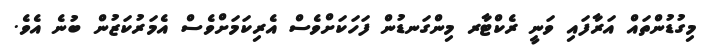
މިގުޑުންތައް އަރާފައި ވަނީ ރެކްޓާރ މިންގަނޑުން ފަހަކަށްވެސް އެރިކަމަށްވެސް އެމަރުކަޒުން ބުނެ އެވެ.